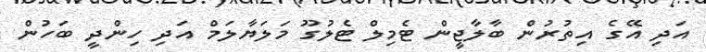
އަދި އޭގެ އިތުރުން ބާލާޖީން ޓެމިލް ޓެލުގޫ މަލަޔާލަމް އަދި ހިންދީ ބަހުން